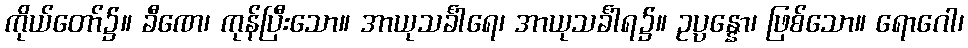
ကိုယ်တော်၌။ ခီဏေ၊ ကုန်ပြီးသော။ အာယုသင်္ခါရေ၊ အာယုသင်္ခါရ၌။ ဥပ္ပန္နော၊ ဖြစ်သော။ ရောဂေါ၊